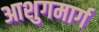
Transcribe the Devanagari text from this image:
आशुगमार्ग